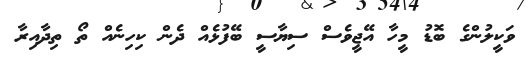
ވަކީލުންގެ ބޮޑު މީހާ އޭޖީވެސް ސިޔާސީ ބޭފުޅެއް ދެން ކިހިނެއް ތޯ ތިދާއިރާ